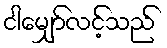
ငါမျှော်လင့်သည်